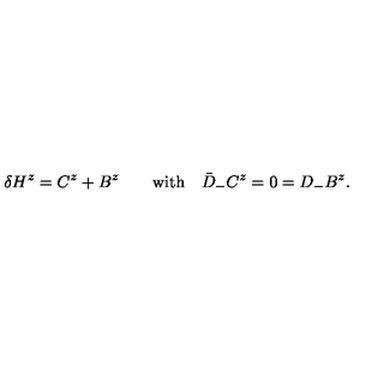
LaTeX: \delta H ^ { z } = C ^ { z } + B ^ { z } \qquad \mathrm { w i t h } \quad \bar { D } _ { - } C ^ { z } = 0 = D _ { - } B ^ { z } .